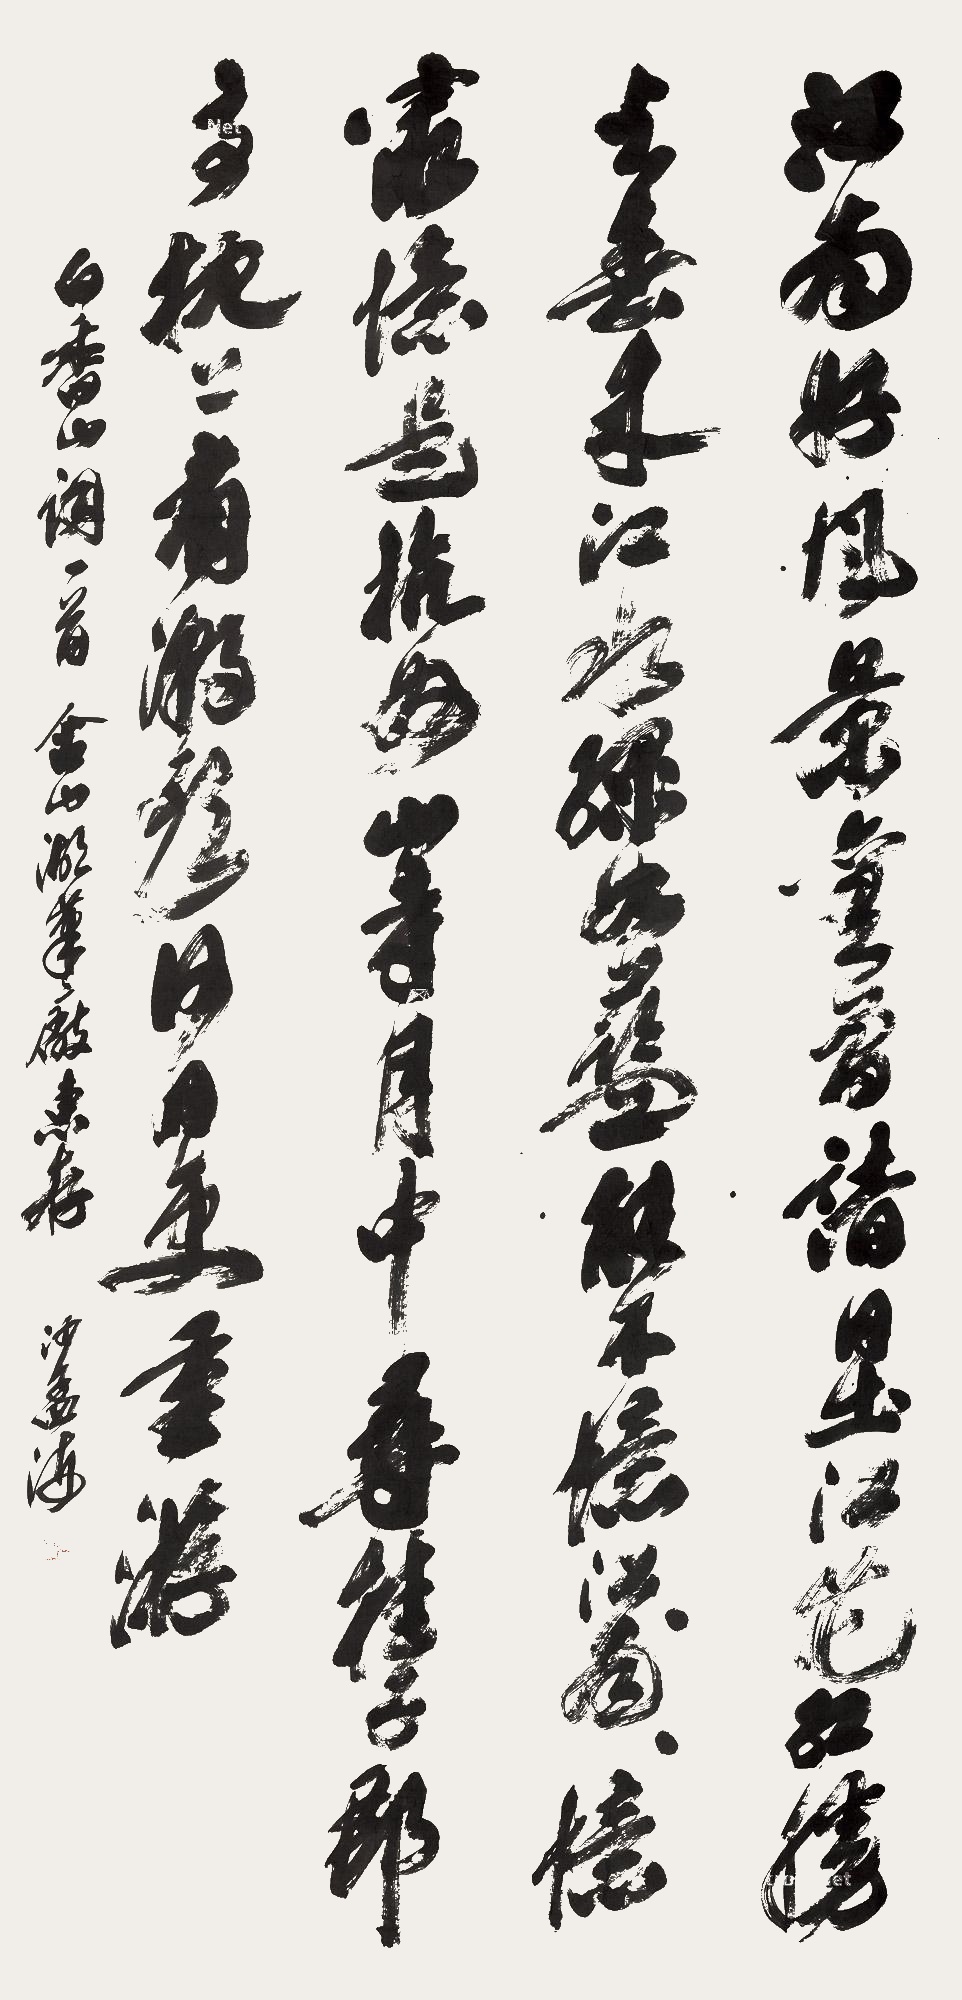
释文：江南好，风景旧曾谙。日出江花红胜火，春来江水绿如蓝。能不忆江南？江南忆，最忆是杭州。山寺月中寻桂子，郡亭枕上看潮头。何日更重游？白香山词一首，舍山含山湖笔厂惠存。沙孟海。